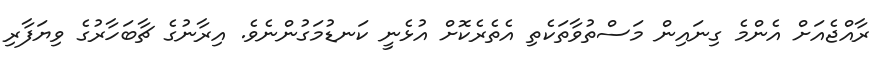
ރާއްޖެއަށް އެންމެ ގިނައިން މަސްތުވާތަކެތި އެެތެރެކޮށް އުޅެނީ ކަނޑުމަގުންނެވެ. އިރާނުގެ ޗާބަހާރުގެ ވިޔަފާރި